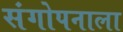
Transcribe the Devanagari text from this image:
संगोपनाला